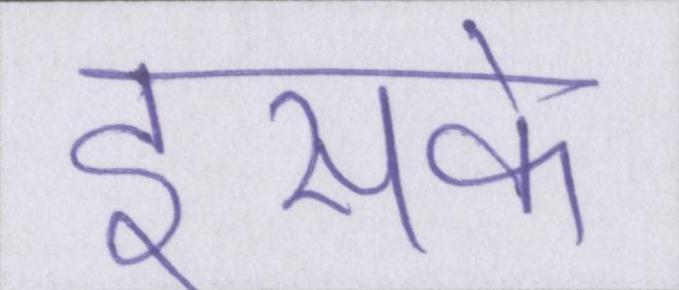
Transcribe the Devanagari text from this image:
इसके